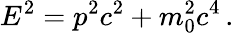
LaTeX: E^{2}=p^{2}c^{2}+m_{0}^{2}c^{4}\, .